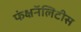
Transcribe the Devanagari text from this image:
फंक्षनॅलिटीस